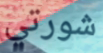
شورتي